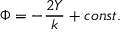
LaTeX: \Phi = - \frac { 2 Y } { k } + c o n s t .